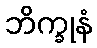
ဘိက္ခုနံ